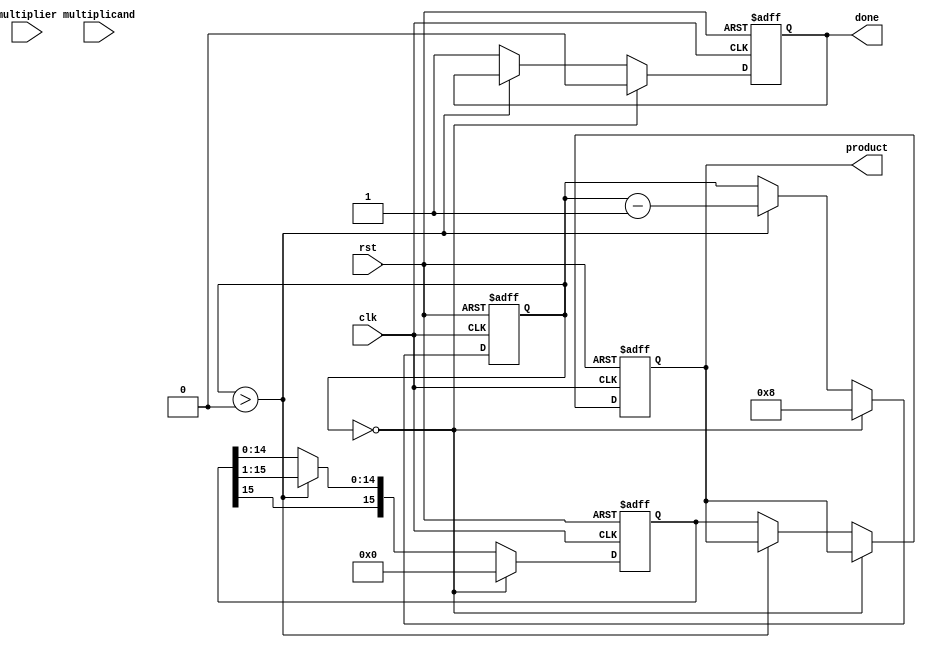
module modified_booth_multiplier (
    input wire clk,
    input wire rst,
    input wire [7:0] multiplicand, // A
    input wire [7:0] multiplier,     // B
    output reg [15:0] product,       // Result
    output reg done                  // Multiplication complete flag
);

    reg [8:0] A; // Extended multiplicand
    reg [8:0] Q; // Multiplier with an extra bit for Booth's algorithm
    reg [8:0] M; // Negative of multiplicand
    reg [15:0] P; // Accumulator for the product
    reg [3:0] count; // Count for the number of bits processed

    // Initialize registers
    always @(posedge clk or posedge rst) begin
        if (rst) begin
            A <= 0;
            Q <= 0;
            M <= 0;
            P <= 0;
            count <= 0;
            done <= 0;
            product <= 0;
        end else begin
            if (count == 0) begin
                // Load values on the first cycle
                A <= {1'b0, multiplicand}; // Sign extend A
                Q <= {1'b0, multiplier};    // Sign extend B
                M <= ~A + 1;                // Negative of A
                P <= 0;                     // Clear product
                count <= 8;                 // Set count to the number of bits
                done <= 0;
            end else if (count > 0) begin
                // Booth's algorithm
                case ({Q[0], Q[1]})
                    2'b00: begin
                        // Do nothing
                    end
                    2'b01: begin
                        // Add A to P
                        P <= P + A;
                    end
                    2'b10: begin
                        // Subtract A from P
                        P <= P + M;
                    end
                    2'b11: begin
                        // Do nothing
                    end
                endcase

                // Arithmetic right shift
                {P[15], Q} <= {P[15], P[14:0], Q[8]}; // Shift P and Q
                P <= {P[15], P[15:1]}; // Shift P
                Q <= {Q[8], Q[7:1]}; // Shift Q

                count <= count - 1; // Decrement count
            end else begin
                // Multiplication complete
                product <= P; // Store final product
                done <= 1;    // Set done flag
            end
        end
    end
endmodule